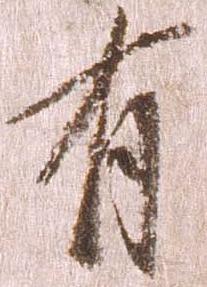
有